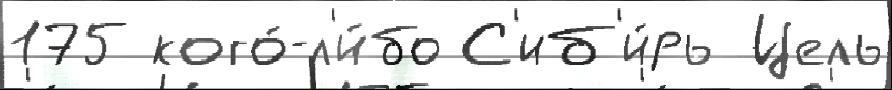
175 кого́-л'и́бо С'иб'и́рь Цель